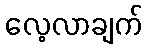
လေ့လာချက်